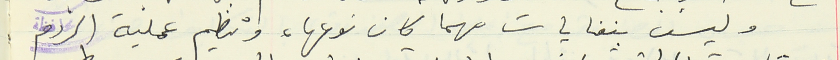
وليس بنفايات مهما كان نوعها، وتنظيم عملية الردم